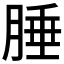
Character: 腄